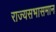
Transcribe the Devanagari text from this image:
राज्यसभासमान